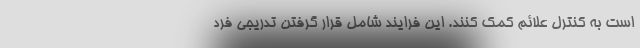
است به کنترل علائم کمک کنند. این فرایند شامل قرار گرفتن تدریجی فرد